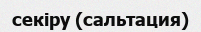
секіру (сальтация)